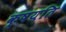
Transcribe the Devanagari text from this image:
क्षयति